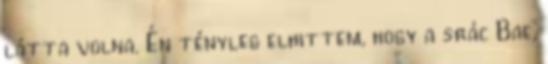
látta volna. Én tényleg elhittem, hogy a srác Bae,